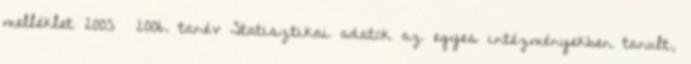
melléklet 2005 2006. tanév Statisztikai adatok az egyes intézményekben tanult,